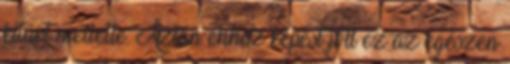
kitart mellette. Aztán ehhez képest jött ez az egészen